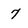
Character: 7